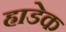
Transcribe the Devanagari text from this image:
ह्राडेक